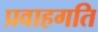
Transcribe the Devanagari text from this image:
प्रवाहगति